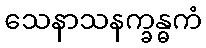
သေနာသနက္ခန္ဓကံ